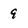
Character: 9